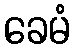
ခေမံ